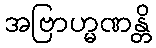
အဗြာဟ္မဏန္တိ